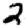
Digit: 2